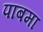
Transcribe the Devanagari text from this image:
पाबमा